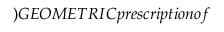
) G E O M E T R I C p r e s c r i p t i o n o f